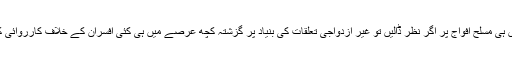
ہندوستان میں ہی مسلح افواج پر اگر نظر ڈالیں تو غیر ازدواجی تعلقات کی بنیاد پر گزشتہ کچھ عرصے میں ہی کئی افسران کے خلاف کارروائی کی گئی ہے۔